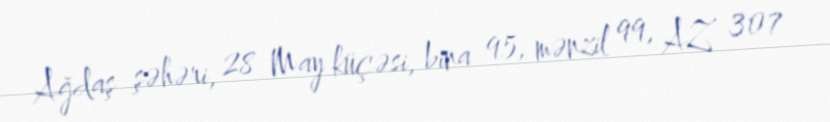
Ağdaş şəhəri, 28 May küçəsi, bina 95, mənzil 99, AZ 307